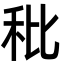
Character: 秕